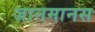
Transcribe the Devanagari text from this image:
जानमानस